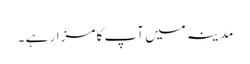
مدینہ میں آپ کا مزار ہے ۔